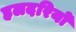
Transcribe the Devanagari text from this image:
हलदरियो